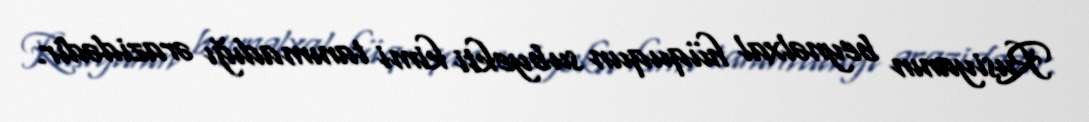
Rusiyanın beynəlxal hüququn subyekti kimi tanımadığı ərazidədir.